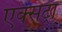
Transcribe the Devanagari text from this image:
एक्‍सट्रा